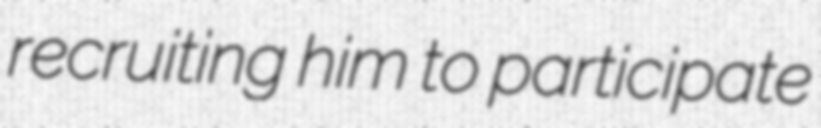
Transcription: recruiting him to participate